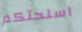
اسلحتكم